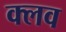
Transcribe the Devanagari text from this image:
क्‍लव